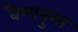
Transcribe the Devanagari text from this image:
वैम्पनुमा